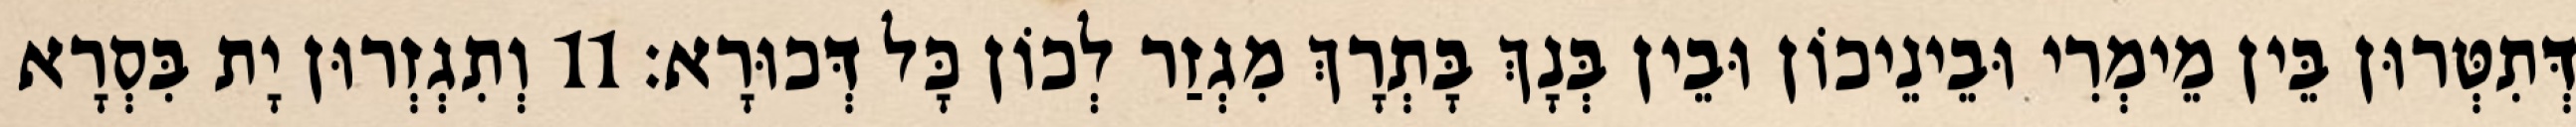
דְּתִטְּרוּן בֵּין מֵימְרִי וּבֵינֵיכוֹן וּבֵין בְּנָךְ בָּתְרָךְ מִגְזַר לְכוֹן כָּל דְּכוּרָא׃ 11 וְתִגְזְרוּן יָת בִּסְרָא